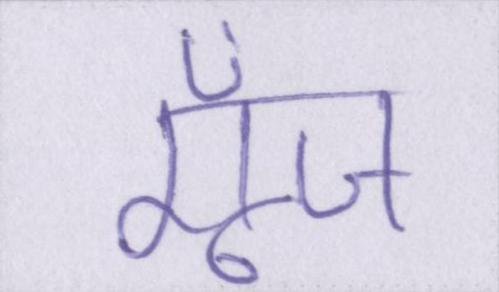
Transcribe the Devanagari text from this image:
गूँज